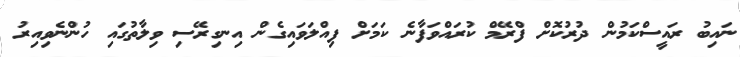
ނައިބު ރައީސްކަމުން ދުރުކޮށް ފްރޭމް ކުރައްވަފާނެ ކަމަށް ފިއްލަވައިގެން އިނގިރޭސި ވިލާތުގައި ހުންނެވިއިރު